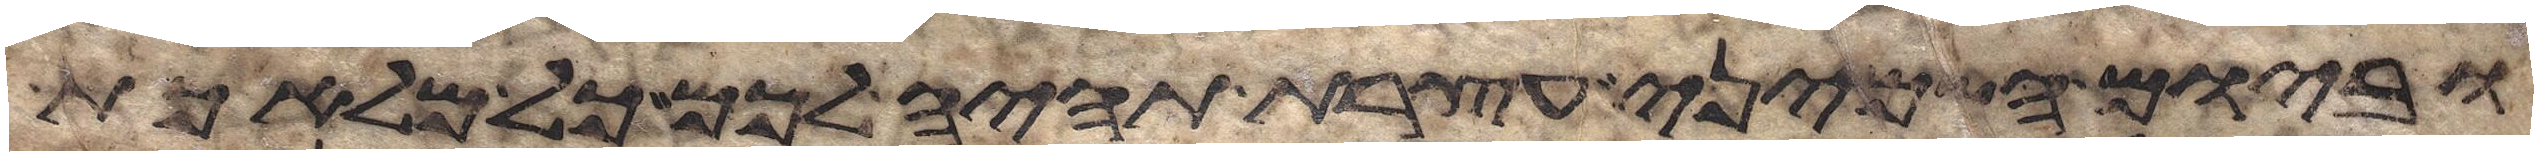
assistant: וביום השמיני עצרת תהיה לכם כל מלאכת